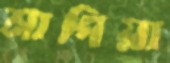
মাপিয়া